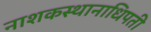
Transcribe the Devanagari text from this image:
नाशकस्थानाधिपती